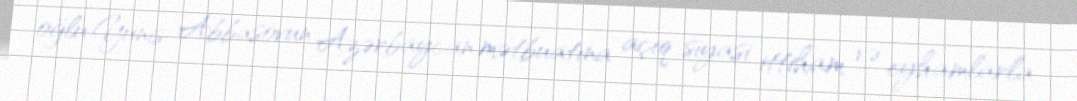
oğlu Yunis Abbasovun Azərbaycan mətbuatına açıq siyasi ittiham və eyhamlarla